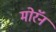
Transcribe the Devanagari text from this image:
मोरॅन